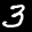
Label: 3